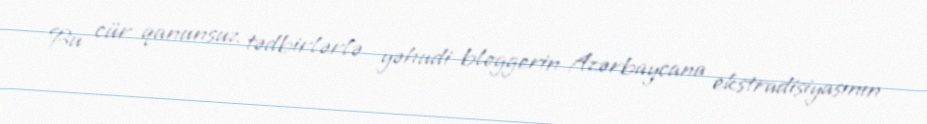
Bu cür qanunsuz tədbirlərlə yəhudi bloggerin Azərbaycana ekstradisiyasının